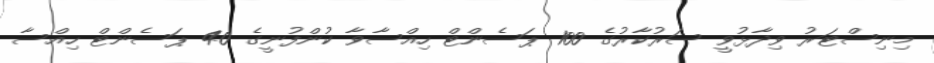
މިނިސްޓަރު ވިދާޅުވީ ސަރުކާރުގެ 100 ޕަސެންޓް ހިއްސާވާ ކުންފުނީގެ 40 ޕަސެންޓް ހިއްސާ